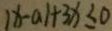
\vert x - a \vert + 3 x \leq 0